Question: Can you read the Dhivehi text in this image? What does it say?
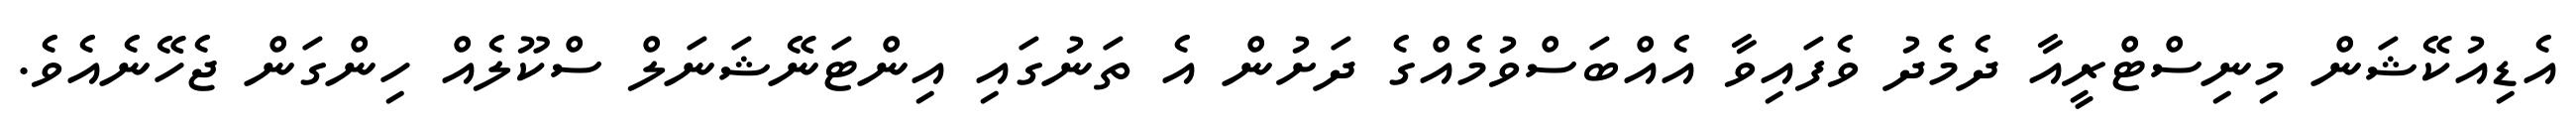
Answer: އެޑިއުކޭޝަން މިނިސްޓްރީއާ ދެމެދު ވެފައިވާ އެއްބަސްވުމެއްގެ ދަށުން އެ ތަނުގައި އިންޓަނޭޝަނަލް ސްކޫލެއް ހިންގަން ޖެހޭނެއެވެ.